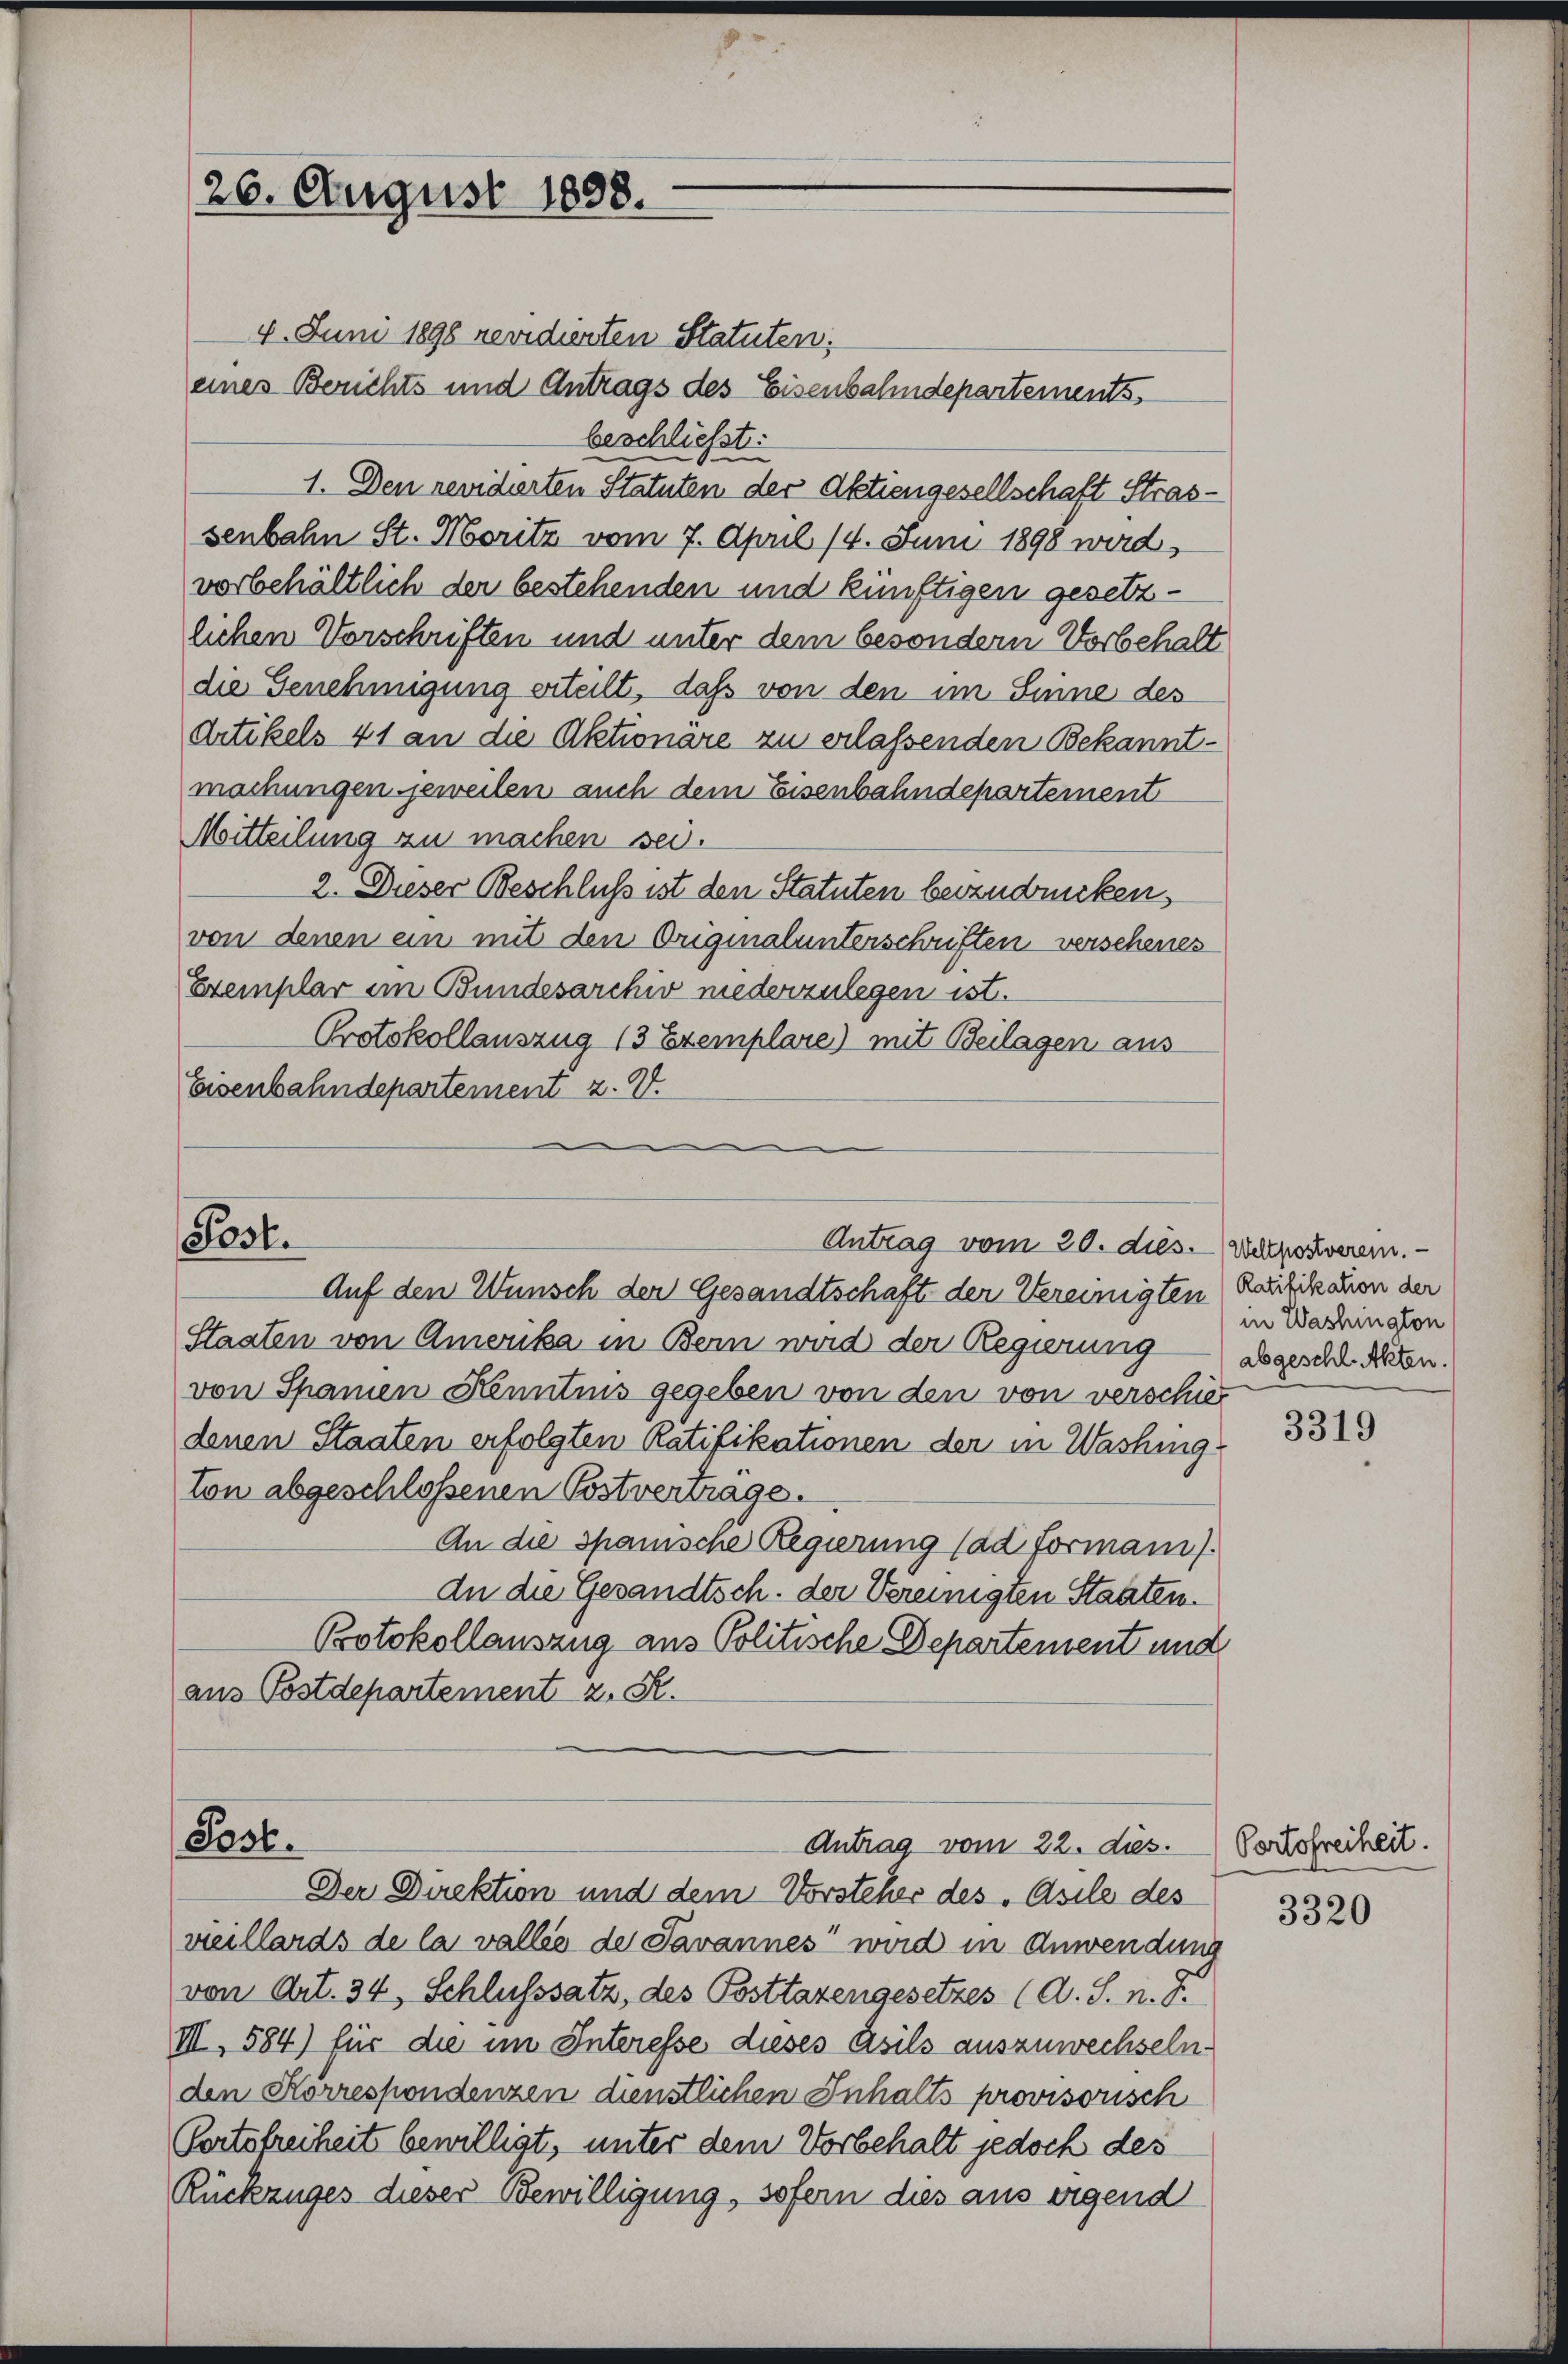
26. August 1898.

4. Juni 1898 revidierten Statuten:
eines Berichts und Antrags des Eisenbahndepartements,
beschließt:
1. Den revidierten Statuten der Aktiengesellschaft Strassenbahn St. Moritz vom 7. April 14. Juni 1898 wird,
vorbehältlich der bestehenden und künftigen gesetzlichen Vorschriften und unter dem besondern Vorbehalt
die Genehmigung erteilt, daß von den im Sinne des
Artikels 41 an die Aktionäre zu erlassenden Bekanntmachungen jeweilen auch dem Eisenbahndepartement
Mitteilung zu machen sei.
2. Dieser Beschluß ist den Statuten beizudrücken,
von denen ein mit den Originalunterschriften verschenes
Exemplar im Bundesarchiv niederzulegen ist.
Protokollauszug 13 Exemplare) mit Beilagen aus-
Eisenbahndepartement z. Z.

Post.
Antrag vom 20. dus. Welpostverein. —

Post.

Antrag vom 22. ds.

in Washington

Der Direktion und dem Vorsteher des „Asile des
vieillards de la valles der Savannes wird in Anwendung
von Art. 34, Schlusssatz, des Posttazengesetzes (A. S. n. F.
III, 584) für die im Interesse dieses Asils auszuwechseln.
den Korrespondenzen dienstlichen Inhalts provisorisch
Portofreiheit bewilligt, unter dem Vorbehalt jedoch des
Rückzuges dieser Bewilligung, sofern dies aus eigend

Auf den Wunsch der Gesandtschaft der Vereinigten Rauhikanen der
Staaten von Amerika in Bern wird der Regierung desgesch. Arten.
von Spanien Kenntnis gegeben von den von verschied
denen Staaten erfolgten Ratifikationen der in Washing
ton abgeschlossenen Postvertrage.
An die Spanische Regierung (ad Formani)
An die Gesandtsch. der Vereinigten Staaten.
Potokollauszug aus Politische Departensent und
aus Postdepartement z. R.

3319

Portofreiheit.
3320